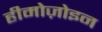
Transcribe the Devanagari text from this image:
हीमोज़ोइन